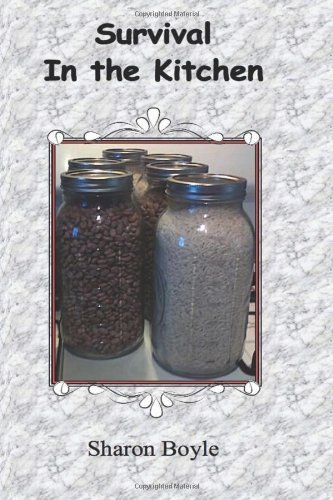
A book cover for Survival In the Kitchen: Black & White Edition; Sharon Boyle; Cookbooks, Food & Wine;